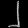
Digit: ၂